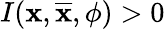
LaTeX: I(\textbf{x},\overline{{\textbf{x}}},\phi)>0